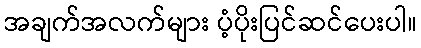
အချက်အလက်များ ပံ့ပိုးပြင်ဆင်ပေးပါ။